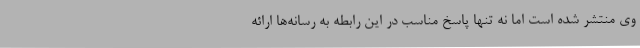
وی منتشر شده است اما نه تنها پاسخ مناسب در این رابطه به رسانه‌ها ارائه